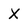
Character: x